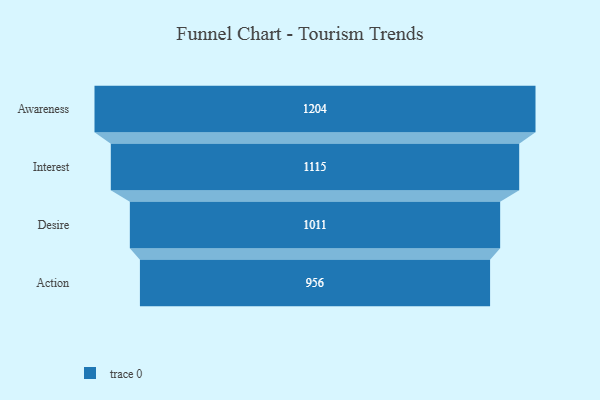
{"axis": {"x": "Stage", "y": "Value"}, "legend": [""], "data": [{"x": "Awareness", "y": 1204.0, "type": ""}, {"x": "Interest", "y": 1115.0, "type": ""}, {"x": "Desire", "y": 1011.0, "type": ""}, {"x": "Action", "y": 956.0, "type": ""}]}